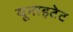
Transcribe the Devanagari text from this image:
यूनाइटेट